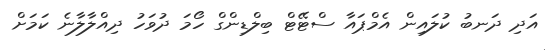
އަދި ދަނބު ކުލައިން އެމްޕައާ ސްޓޭޓް ބިލްޑިންގް ހޯމަ ދުވަހު ދިއްލާލާނެ ކަމަށް